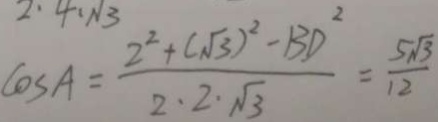
\cos A = \frac { 2 ^ { 2 } + ( \sqrt { 3 } ) ^ { 2 } - B D ^ { 2 } } { 2 \cdot 2 \cdot \sqrt { 3 } } = \frac { 5 \sqrt { 3 } } { 1 2 }